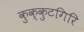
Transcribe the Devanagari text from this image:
कुक्कुटगिरि